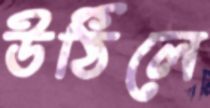
উঠিলে